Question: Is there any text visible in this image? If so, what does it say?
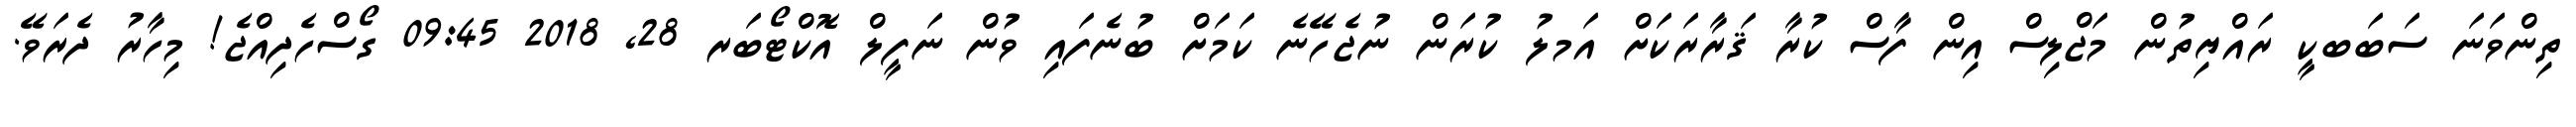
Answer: ތިންވަނަ ސަބަބކީ ރައްޔިތުން މަޖްލިސް އިން ފާސް ކުރާ ޤަރާރަކަށް އަމލު ކުރަން ނުޖެހޭނެ ކަމަށް ބުނެފައި ވުން ނަފީލް އޮކްޓޯބަރ 28, 2018 09:45 ގޯސްހެދިއްޖެ! މިހާރު ދެރަވޭ.